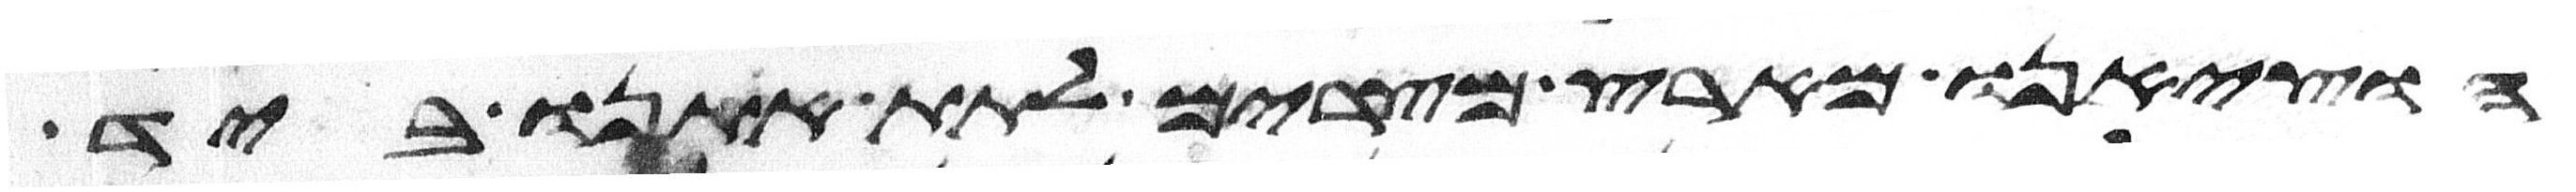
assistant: הוציאנו מארץ מצרים לתת אתנו ביד